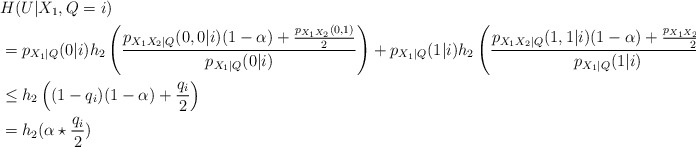
\begin{align*}&H(U|X_1,Q=i)\\ &=p_{X_1|Q}(0|i)h_2\left(\frac{p_{X_1X_2|Q}(0,0|i)(1-\alpha)+\frac{p_{X_1X_2}(0,1)}{2}}{p_{X_1|Q}(0|i)}\right)+p_{X_1|Q}(1|i)h_2\left(\frac{p_{X_1X_2|Q}(1,1|i)(1-\alpha)+\frac{p_{X_1X_2}(1,0)}{2}}{p_{X_1|Q}(1|i)}\right)\\ &\leq h_2\left((1-q_i)(1-\alpha)+\frac{q_i}{2}\right)\\&=h_2(\alpha\star\frac{q_i}{2}) \end{align*}